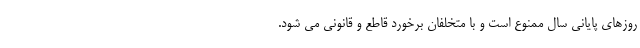
روزهای پایانی سال ممنوع است و با متخلفان برخورد قاطع و قانونی می شود.